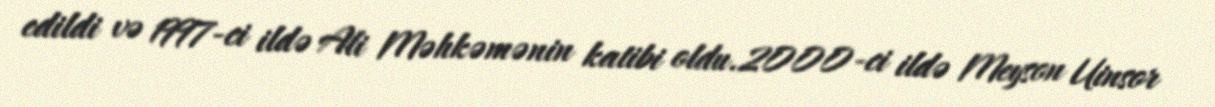
edildi və 1997-ci ildə Ali Məhkəmənin katibi oldu.2000-ci ildə Meyson Uinsor